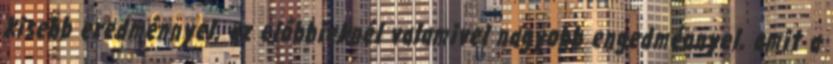
kisebb eredménnyel, az előbbieknél valamivel nagyobb engedménnyel, amit a